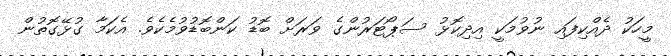
މީހަކު ދެއްކިފައި ނުވުމަކީ އިދިކޮޅު ސަޕޯޓަރުންގެ ވަރަށް ބޮޑު ކަންބޮޑުވުމެކެވެ. އެކަމާ ގުޅޭގޮތުން